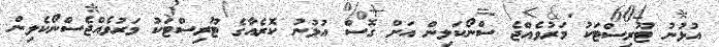
އުޅުނު ޓޫރިސްޓަކު މަރުވެއްޖެ ސްނޯކަލިން އަށް ގޮސް އުޅުނު ކޮރެއާގެ ޓޫރިސްޓަކު މަރުވެއްޖެސްނޯކެލިން